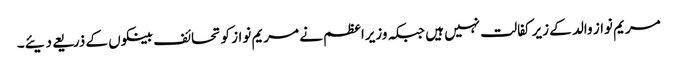
مریم نواز والد کے زیر کفالت نہیں ہیں جبکہ وزیراعظم نے مریم نواز کو تحائف بینکوں کے ذریعے دیئے۔